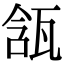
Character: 㼨